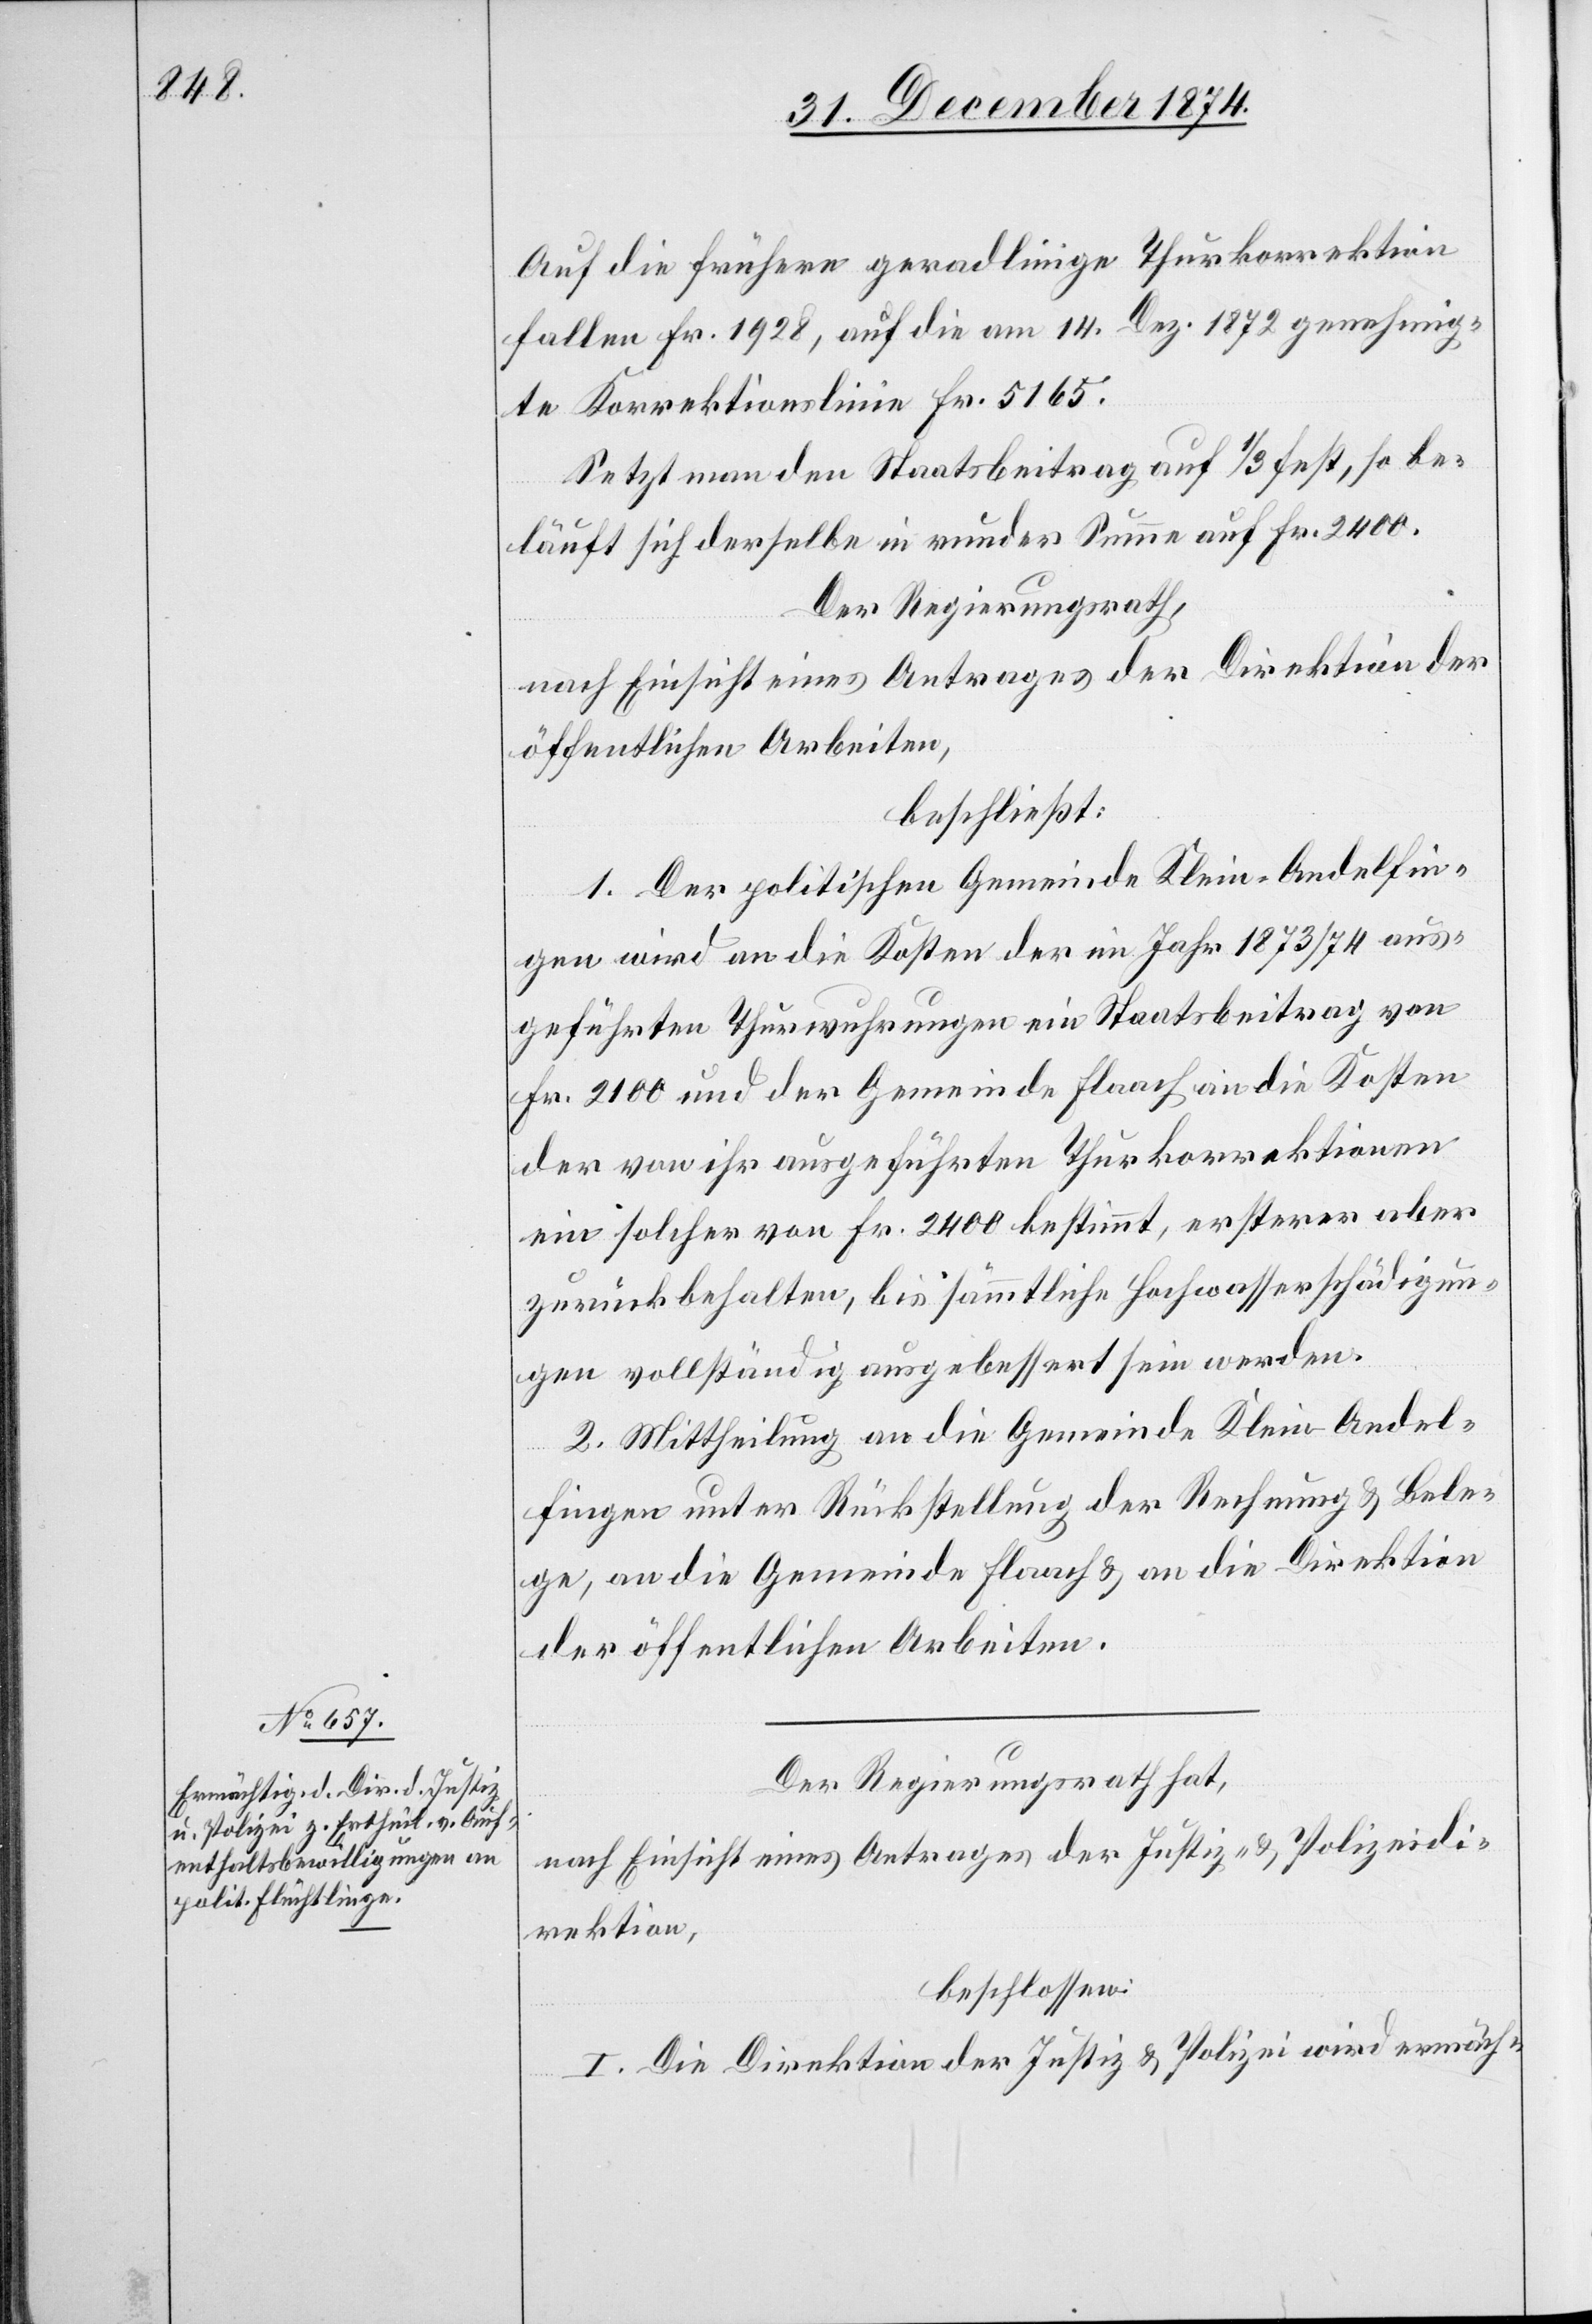
Auf die früher geradlinige Thurkorrektion
fallen Fr. 1928, auf die am 14. Dez. 1872 genehmig¬
te Korrektionslinie Fr. 5165.
Setzt man den Staatsbeitrag auf 1/3 fest, so be¬
läuft sich derselbe in runder Summe auf Fr. 2400.
Der Regierungsrath,
nach Einsicht eines Antrages der Direktion der
öffentlichen Arbeiten,
beschließt:
1. Der politischen Gemeinde Klein-Andelfin¬
gen wird an die Kosten der im Jahr 1873/74 aus¬
geführten Thurwuhrungen ein Staatsbeitrag von
Fr. 2100 und der Gemeinde Flaach an die Kosten
der von ihr ausgeführten Thurkorrektionen
ein solcher von Fr. 2400 bestimmt, ersterer aber
zurückbehalten, bis sämmtliche Hochwasserschädigun¬
gen vollständig ausgebessert sein werden.
2. Mittheilung an die Gemeinde Klein-Andel¬
fingen unter Rückstellung der Rechnung & Bele¬
ge, an die Gemeinden Flaach & an die Direktion
der öffentlichen Arbeiten,
Der Regierungsrath hat,
nach Einsicht eines Antrages der Justiz- & Polizeidi¬
rektion,
beschlossen:
I. Die Direktion der Justiz & Polizei wird ermäch-